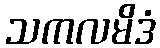
သကလမိဒံ